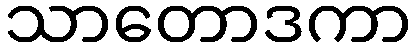
သာတောဒကာ